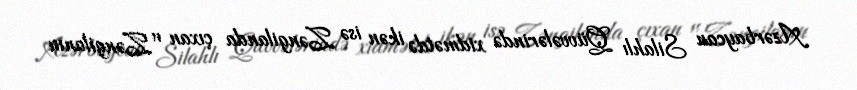
Azərbaycan Silahlı Qüvvələrində xidmətdə ikən isə Zəngilanda çıxan "Zəngilanın